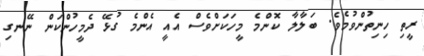
ރީތި ހިނިތުންވުމެވެ. ބަލާލާ ކޮންމެ މީހަކަށްވެސް އެއީ އެންމެ ގުޅޭ ދެމީހުންކަން ނޭނގި